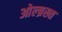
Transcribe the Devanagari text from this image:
ओल्ब्रख्त